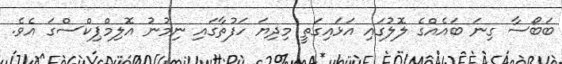
ބަބޯސާ ގިނަ ބައެއްގެ ލޮލުގައި އަޅައިގަތީ މިދިޔަ ހަފުތާގައި ނިމުނު އޮލިމްޕިކްސްގަ އެވެ.